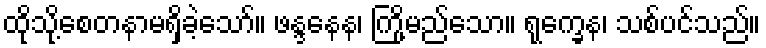
ထိုသို့စေတနာမရှိခဲ့သော်။ ဖန္ဒနေန၊ ကြို့မည်သော။ ရုက္ခေန၊ သစ်ပင်သည်။